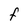
Character: F